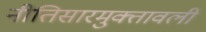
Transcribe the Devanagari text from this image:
नीतिसारमुक्तावली